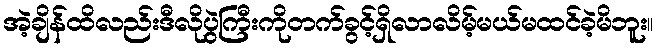
အဲ့ချိန်ထိလည်းဒီလိုပွဲကြီးကိုတက်ခွင့်ရှိလာလိမ့်မယ်မထင်ခဲ့မိဘူး။